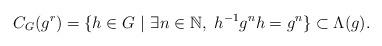
LaTeX: \begin{align*} C_G(g^r)=\lbrace h \in G \ \vert \ \exists n \in \mathbb{N}, \ h^{-1}g^nh=g^n \rbrace \subset \Lambda (g). \end{align*}